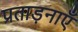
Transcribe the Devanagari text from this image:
प्रताड़नाएँ